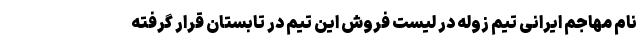
نام مهاجم ایرانی تیم زوله در لیست فروش این تیم در تابستان قرار گرفته